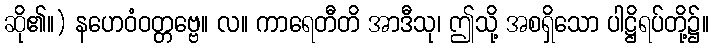
ဆို၏။) နဟေဝံဝတ္တဗ္ဗေ။ လ။ ကာရေတီတိ အာဒီသု၊ ဤသို့ အစရှိသော ပါဋ္ဌိရပ်တို့၌။